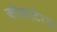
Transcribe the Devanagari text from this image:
कोलाटेरल